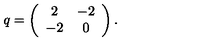
q = \left( \begin{array} { c c } { 2 } & { - 2 } \\ { - 2 } & { 0 } \\ \end{array} \right) .